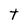
Character: t